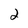
Character: 2